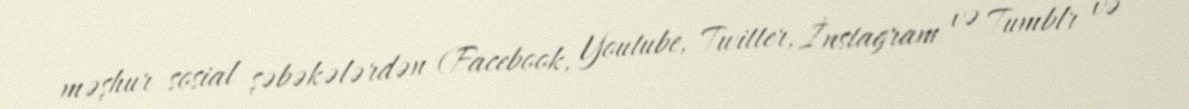
məşhur sosial şəbəkələrdən (Facebook, Youtube, Twitter, İnstagram və Tumblr və